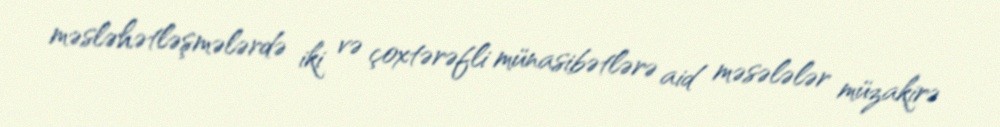
məsləhətləşmələrdə iki və çoxtərəfli münasibətlərə aid məsələlər müzakirə